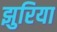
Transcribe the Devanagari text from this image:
झुरिया